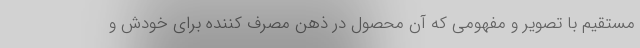
مستقیم با تصویر و مفهومی که آن محصول در ذهن مصرف کننده برای خودش و